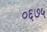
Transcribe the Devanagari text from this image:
०६७५